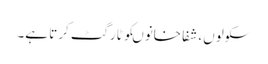
سکولوں، شفا خانوںکو ٹارگٹ کرتا ہے۔